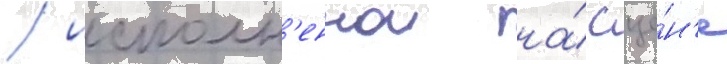
/ исполн'еннои на́ сце́н'е